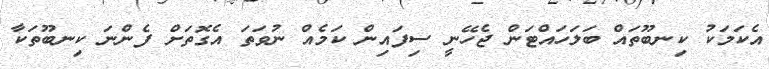
އެކަމަކު ކިނބޫތައް ބަލަހައްޓަން ޖެހޭނީ ސިފައިން ކަމެއް ނުވަތަ އެގޮތަށް ފެންނަ ކިނބޫތަކާ